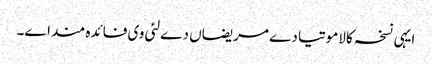
ایہی نسخہ کالاموتیا دے مریضاں دے لئی وی فائدہ مند ا‏‏ے۔